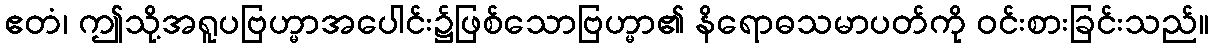
ဧတံ၊ ဤသို့အရူပဗြဟ္မာအပေါင်း၌ဖြစ်သောဗြဟ္မာ၏ နိရောဓသမာပတ်ကို ဝင်းစားခြင်းသည်။